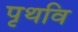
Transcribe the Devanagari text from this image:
पृथवि